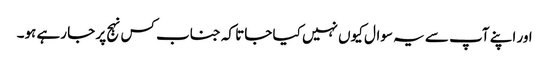
اور اپنے آپ سے یہ سوال کیوں نہیں کیا جاتا کہ جناب کس نہج پر جا رہے ہو۔